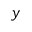
y